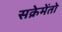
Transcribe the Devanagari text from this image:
सक्रेमेंतो